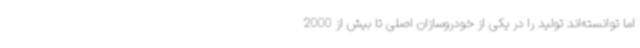
اما توانسته‌اند تولید را در یکی از خودروسازان اصلی تا بیش از 2000